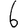
Digit: 6